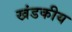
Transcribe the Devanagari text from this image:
खंडकीय